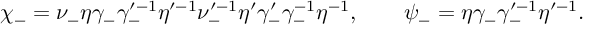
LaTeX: \chi _ { - } = \nu _ { - } \eta \gamma _ { - } \gamma _ { - } ^ { \prime - 1 } \eta ^ { \prime - 1 } \nu _ { - } ^ { \prime - 1 } \eta ^ { \prime } \gamma _ { - } ^ { \prime } \gamma _ { - } ^ { - 1 } \eta ^ { - 1 } , \qquad \psi _ { - } = \eta \gamma _ { - } \gamma _ { - } ^ { \prime - 1 } \eta ^ { \prime - 1 } .